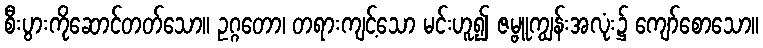
စီးပွားကိုဆောင်တတ်သော။ ဥဂ္ဂတော၊ တရားကျင့်သော မင်းဟူ၍ ဇမ္ဗူကျွန်းအလုံး၌ ကျော်စောသော။